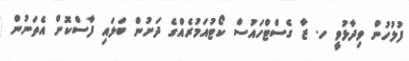
ފުލުހުން ވިދާޅުވީ ހ. ޒާ ގެސްޓްހައުސް ކޯޓުއަމުރެއްގެ ދަށުން ބަލައި ފާސްކޮށް އެތަނުން